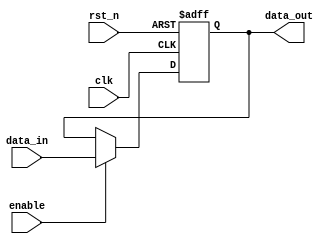
module InputRegister #(
    parameter WIDTH = 8  // Parameter for the bit width of the register
)(
    input wire clk,           // Clock signal
    input wire rst_n,        // Asynchronous active-low reset
    input wire enable,        // Enable signal
    input wire [WIDTH-1:0] data_in,  // Input data
    output reg [WIDTH-1:0] data_out  // Output data
);

    // Sequential logic for the input register
    always @(posedge clk or negedge rst_n) begin
        if (!rst_n) begin
            data_out <= {WIDTH{1'b0}};  // Reset to zero
        end else if (enable) begin
            data_out <= data_in;  // Capture input data
        end
        // If enable is not asserted, retain the previous value
    end

endmodule